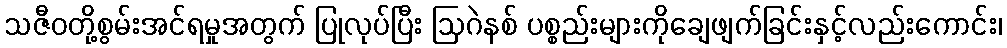
သဇီဝတို့စွမ်းအင်ရမှုအတွက် ပြုလုပ်ပြီး ဩဂဲနစ် ပစ္စည်းများကိုချေဖျက်ခြင်းနှင့်လည်းကောင်း၊